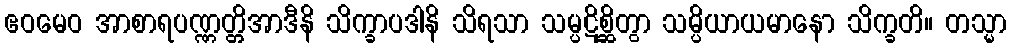
ဧဝမေဝ အာစာရပဏ္ဏတ္တိအာဒီနိ သိက္ခာပဒါနိ သိရသာ သမ္ပဋိစ္ဆိတွာ သမ္ပိယာယမာနော သိက္ခတိ။ တသ္မာ